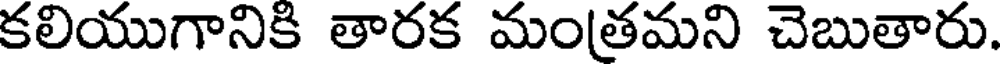
కలియుగానికి తారక మంతమని చెబుతారు.